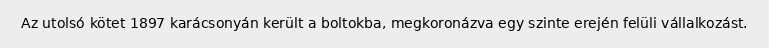
Az utolsó kötet 1897 karácsonyán került a boltokba, megkoronázva egy szinte erején felüli vállalkozást.